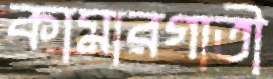
কামারগাতী